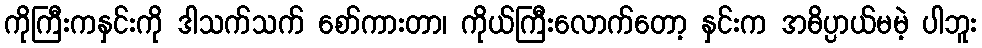
ကိုကြီးကနှင်းကို ဒါသက်သက် စော်ကားတာ၊ ကိုယ်ကြီးလောက်တော့ နှင်းက အဓိပ္ပာယ်မမဲ့ ပါဘူး